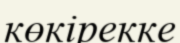
көкірекке